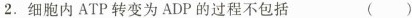
2. 细胞内ATP转变为ADP的过程不包括 ( )